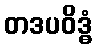
တဒပဝိဒ္ဓံ